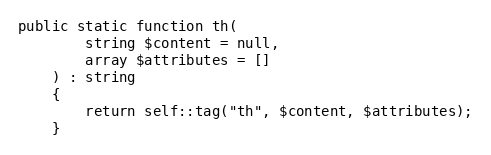
Language: PHP
public static function th(
        string $content = null,
        array $attributes = []
    ) : string
    {
        return self::tag("th", $content, $attributes);
    }